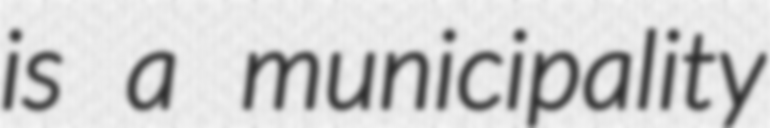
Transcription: is a municipality